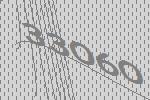
33060